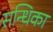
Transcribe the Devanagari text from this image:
सन्धिका